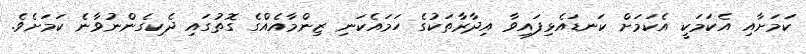
ކަމަށާއި އެކަމަކީ އެކަމަށް ކަނޑައެޅިފައިވާ އިދާރާތަކުގެ ހަމައެކަނި ޒިންމާއެއްގެ ގޮތުގައި ދެކިގެންނުވާނެ ކަމަށެވެ.